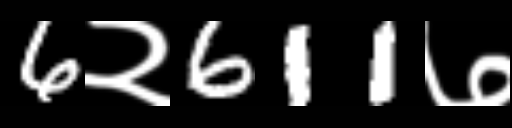
Text: 6२611७